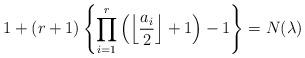
LaTeX: \begin{align*}1 + (r+1) \left\{ \prod_{i=1}^r \left(\left\lfloor \frac{a_i}{2} \right\rfloor +1 \right)-1 \right\}=N(\lambda)\end{align*}